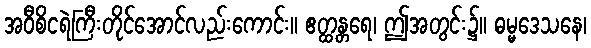
အဝီစိငရဲကြီးတိုင်အောင်လည်းကောင်း။ ဧတ္ထန္တရေ၊ ဤအတွင်း၌။ ဓမ္မဒေသနေ၊